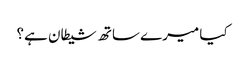
کیا میرے ساتھ شیطان ہے؟